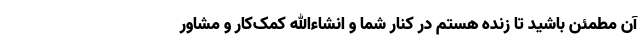
آن مطمئن باشید تا زنده هستم در کنار شما و انشاءالله کمک‌کار و مشاور